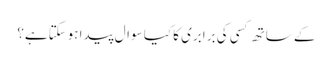
کے ساتھ کسی کی برابری کا کیا سوال پیدا ہوسکتاہے؟